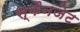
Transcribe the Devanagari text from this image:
स्कैनजेट